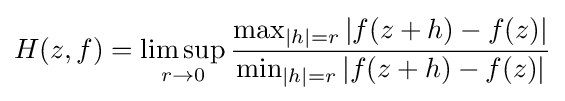
H(z,f)=\limsup _{r\to 0}{\frac {\max _{|h|=r}|f(z+h)-f(z)|}{\min _{|h|=r}|f(z+h)-f(z)|}}